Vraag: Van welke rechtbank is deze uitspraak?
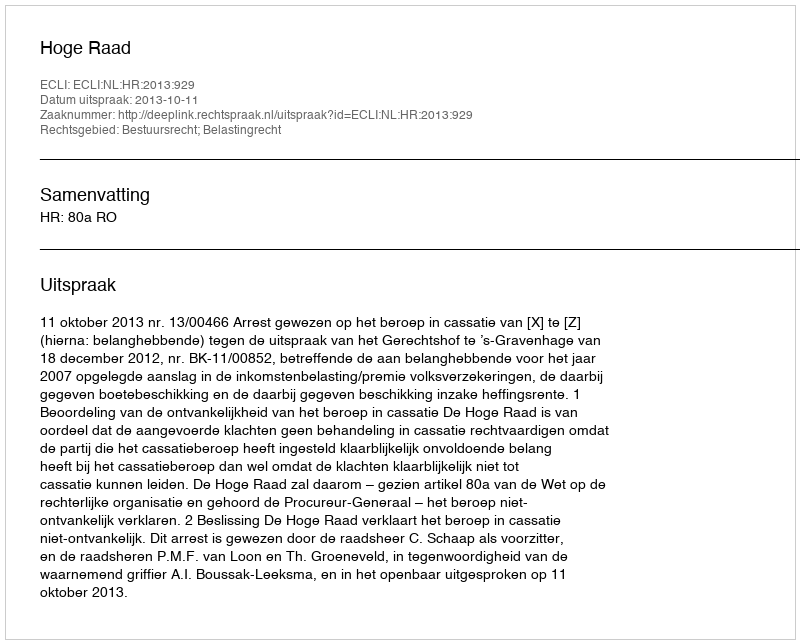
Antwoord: Hoge Raad